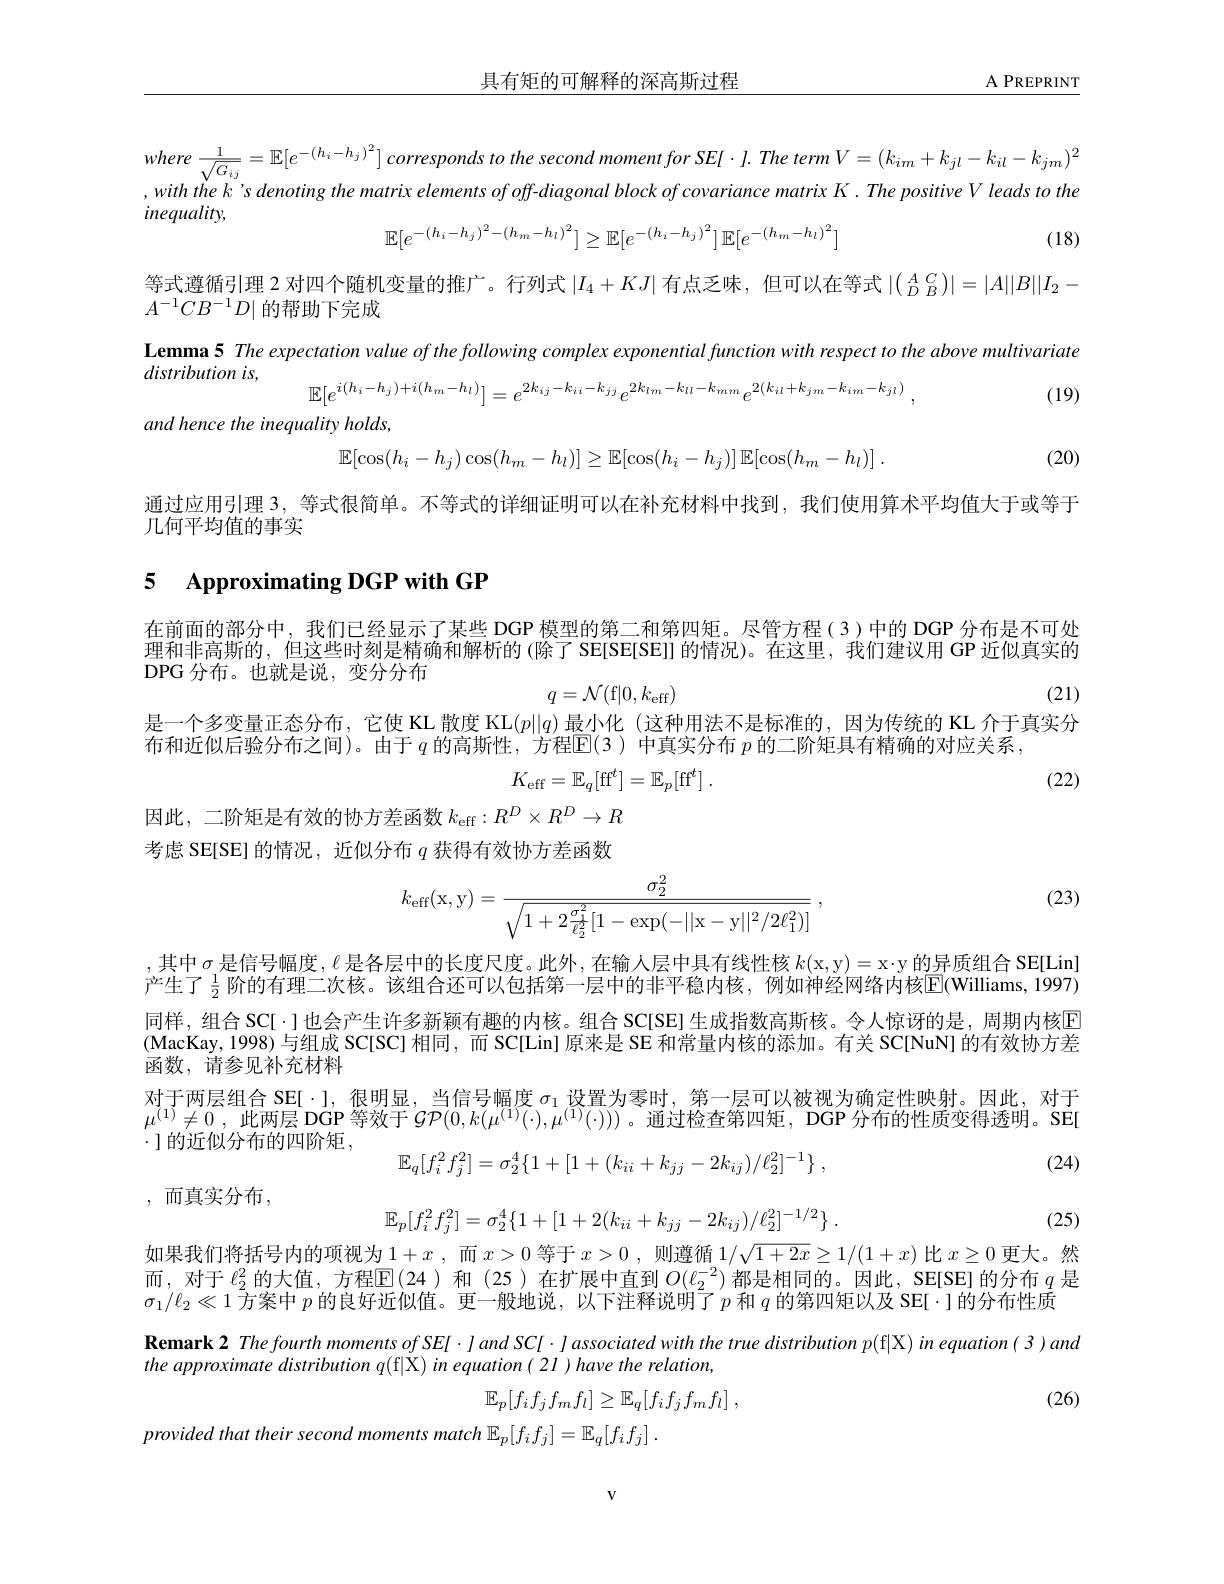
$\underline{\text{具有矩的可解释的深高斯过程}}$

A PREPRINT

where $\frac 1{\sqrt {G_{ij}}}= \mathbb{E} [ e^{- ( h_{i}- h_{j}) ^{2}}] corresponds$ $to$ the second moment for $SE[ \cdot l.$ The term $V= ( k_{im}+ k_{jl}- k_{il}- k_{jm}) ^{2}$ ,with the k's denoting the matrix elements of off-diagonal block of covariance matrix K. The positive V leads to the inequality,
$$\mathbb{E}[e^{-(h_i-h_j)^2-(h_m-h_l)^2}]\geq\mathbb{E}[e^{-(h_i-h_j)^2}]\mathbb{E}[e^{-(h_m-h_l)^2}]$$
(18)

等式遵循引理 2 对四个随机变量的推广。行列式$|I_4+KJ|$有点乏味，但可以在等式$|(\frac A{D}_B^C)|=|A||B||I_2-$
$A^{-1}CB^{-1}D|$的帮助下完成
Lemma 5 The expectation value of the following complex exponential function with respect to the above multivariate
$distribution~is$,
$$\mathbb{E}[e^{i(h_i-h_j)+i(h_m-h_l)}]=e^{2k_{ij}-k_{ii}-k_{jj}}e^{2k_{lm}-k_{ll}-k_{mm}}e^{2(k_{il}+k_{jm}-k_{im}-k_{jl})}\:,$$
(19)
and hence the inequality holds,
$$\mathbb{E}[\cos(h_{i}-h_{j})\cos(h_{m}-h_{l})]\geq\mathbb{E}[\cos(h_{i}-h_{j})]\:\mathbb{E}[\cos(h_{m}-h_{l})]\:.$$
(20)
通过应用引理 3, 等式很简单。不等式的详细证明可以在补充材料中找到，我们使用算术平均值大于或等于
几何平均值的事实

## 5 Approximating DGP with GP

在前面的部分中，我们已经显示了某些 DGP 模型的第二和第四矩。尽管方程(3)中的 DGP 分布是不可处理和非高斯的，但这些时刻是精确和解析的(除了SE[SE[SE]]的情况)。在这里，我们建议用 GP 近似真实的DPG 分布。也就是说，变分分布
(21)
$$q=\mathcal{N}(\mathrm{f}|0,k_{\mathrm{eff}})$$
是一个多变量正态分布，它使 KL 散度 KL$(p||q)$最小化 (这种用法不是标准的，因为传统的 KL 介于真实分
布和近似后验分布之间)。由于$q$的高斯性，方程$\mathbb{E}($3 )中真实分布$p$的二阶矩具有精确的对应关系，
$$K_{\mathrm{eff}}=\mathbb{E}_q[\mathrm{ff}^t]=\mathbb{E}_p[\mathrm{ff}^t]\:.$$
(22)

因此，二阶矩是有效的协方差函数$k_\mathrm{eff}:R^D\times R^D\to R$ 考虑 SE[SE] 的情况，近似分布$q$获得有效协方差函数

(23)
$$k_{\mathrm{eff}}(\mathrm{x},\mathrm{y})=\frac{\sigma_{2}^{2}}{\sqrt{1+2\frac{\sigma_{1}^{2}}{\ell_{2}^{2}}[1-\exp(-||\mathrm{x}-\mathrm{y}||^{2}/2\ell_{1}^{2})]}}\:,$$
,其中 $\sigma$ 是信号幅度 $,\ell$ 是各层中的长度尺度。此外，在输入层中具有线性核 $k($x,y)=x·y 的异质组合 SE[Lin] 产生了 $\frac12$ 阶的有理二次核。该组合还可以包括第一层中的非平稳内核，例如神经网络内核E(Williams, 1997) 同样，组合SC[·]也会产生许多新颖有趣的内核。组合 SC[SE] 生成指数高斯核。令人惊讶的是，周期内核区(MacKay,1998)与组成 SC[SC] 相同，而 SC[Lin] 原来是 SE 和常量内核的添加。有关 SC[NuN] 的有效协方差函数，请参见补充材料
对于两层组合 SE[·],很明显，当信号幅度$\sigma_1$设置为零时，第一层可以被视为确定性映射。因此，对于$\mu ^{( 1) }\neq 0$ ,此两层 DGP 等效于$\mathcal{GP}(0,k(\mu^{(1)}(\cdot),\mu^{(1)}(\cdot)))$ 。通过检查第四矩，DGP 分布的性质变得透明。SE $\cdot$]的近似分布的四阶矩，
$$\mathbb{E}_q[f_i^2f_j^2]=\sigma_2^4\{1+[1+(k_{ii}+k_{jj}-2k_{ij})/\ell_2^2]^{-1}\}\:,$$
(24)
$$$$
, 而真实分布，
$$\mathbb{E}_p[f_i^2f_j^2]=\sigma_2^4\{1+[1+2(k_{ii}+k_{jj}-2k_{ij})/\ell_2^2]^{-1/2}\}\:.$$
(25)

如果我们将括号内的项视为$1+x$,而$x>0$等于$x>0$,则遵循$1/\sqrt{1+2x}\geq1/(1+x)$比$x\geq0$更大。然而，对于$\ell_2^2$的大值，方程$\mathbb{E}(24)$ 和(25)在扩展中直到$O(\ell_2^{-2})$都是相同的。因此，SE[SE]的分布$q$ 是$\sigma_1/\ell_2\ll\bar{1\text{ 方案中 }p\text{ 的良好近似值。更一般地说，以下注释说明了 }p\text{ 和 }q\text{ 的第四矩以及 SE[ }}\cdot$]的分布性质
$\textbf{Remark 2 Thefourth moments of SEI }\cdot land$ SCI·J associated with the true distribution p(f|X) in equation(3)and
the approximate distribution q(f|X) in equation( 21) have the relation,
(26)
$$\mathbb{E}_{p}[f_{i}f_{j}f_{m}f_{l}]\geq\mathbb{E}_{q}[f_{i}f_{j}f_{m}f_{l}]\:,$$
$$i\:\mathbb{E}_{p}[f_{i}f_{j}]=\mathbb{E}_{q}[f_{i}f_{j}]\:.$$
$V$